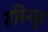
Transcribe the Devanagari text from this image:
राबिनहुड